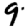
Digit: 9